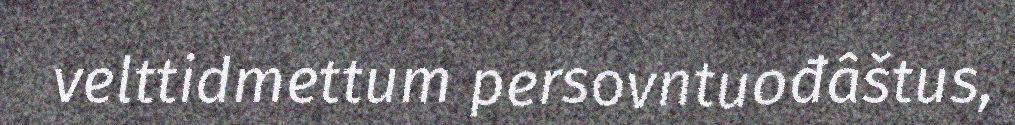
velttidmettum persovntuođâštus,